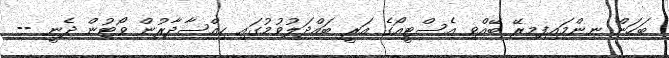
ބަހަން ނިންމައިފިމިރޭ ބޭއްވި އެސްޓީއޯގެ އަރީ ބައްދަލުވުމުގައި ހިއްސާދާރުން ވޯޓުން ދެނީ --